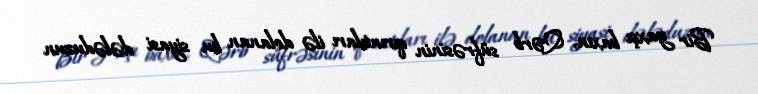
Bir yaxşı baxın, Qərb süfrəsinin qırıntıları ilə dolanan bu siyasi dələduzun